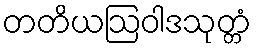
တတိယဩဝါဒသုတ္တံ